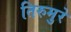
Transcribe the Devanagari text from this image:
तिरुमुरे